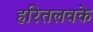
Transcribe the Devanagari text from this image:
हरितलवके